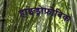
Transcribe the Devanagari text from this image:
हाइड्रोफ़ोबिक